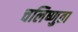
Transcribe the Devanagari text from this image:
चलिष्णुता